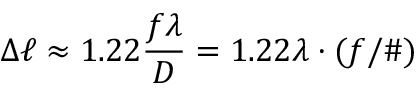
\Delta \ell \approx 1 . 2 2 { \frac { f \lambda } { D } } = 1 . 2 2 \lambda \cdot ( f / \# )